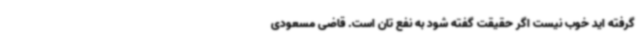
گرفته اید خوب نیست اگر حقیقت گفته شود به نفع تان است. قاضی مسعودی